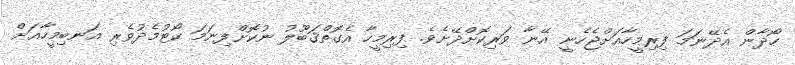
ހޯދާން އެދޭނަމަ ފިރިމީހާއަށްޖެހެނީ އޭނާ ވަރިކޮށްދޭށެވެ. ފިރިމީހާ އެގޮތްޤަބޫލު ނުކޮށްފިނަމަ ކޯޓުމެދުވެރި އަނބިމީހާއަށް